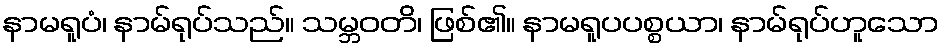
နာမရူပံ၊ နာမ်ရုပ်သည်။ သမ္ဘဝတိ၊ ဖြစ်၏။ နာမရူပပစ္စယာ၊ နာမ်ရုပ်ဟူသော